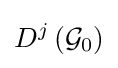
D^{j}\left({\mathcal {G}}_{0}\right)